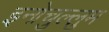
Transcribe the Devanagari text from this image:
इनोचुल्लुम